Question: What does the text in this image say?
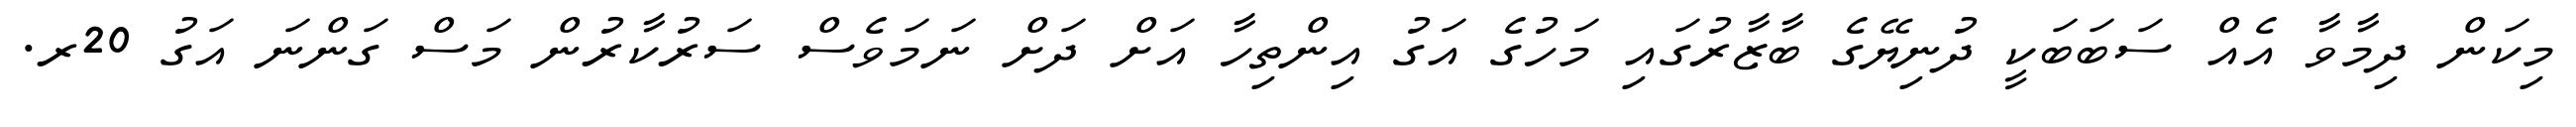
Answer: މިކަން ދިމާވާ އެއް ސަބަބަކީ ދުނިޔޭގެ ބާޒާރުގައި މަހުގެ އަގު އިންތިހާ އަށް ދަށް ނަމަވެސް ސަރުކާރުން މަސް ގަންނަ އަގު 20ރ.